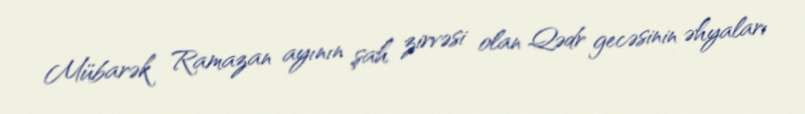
Mübarək Ramazan ayının şah zirvəsi olan Qədr gecəsinin əhyaları